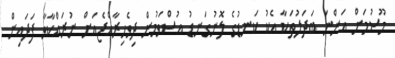
މޫސުމަށް އަންނަ ބަދަލުތަކާ އެކު ކަނޑުގެ ލޮނުގަނޑު އުސްވަމުން ދިވެހިރާއްޖެއަށް ނުރައްކާވާ ފަދައިން